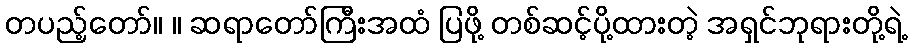
တပည့်တော်။ ။ ဆရာတော်ကြီးအထံ ပြဖို့ တစ်ဆင့်ပို့ထားတဲ့ အရှင်ဘုရားတို့ရဲ့